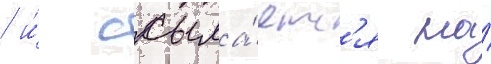
/ и́ ссыла́етс'я на́